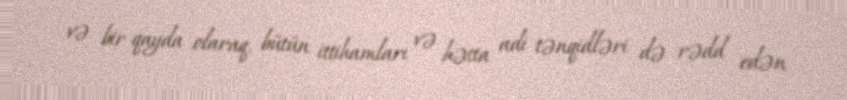
və bir qayda olaraq, bütün ittihamları və hətta adi tənqidləri də rədd edən